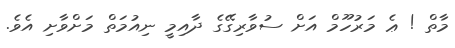
މާތް ! ޢެ މަރުހޫމް އަށް ސުވާރިގޭގެ ދާއިމީ ނިއުމަތް މަށްވާށި އެވެ.